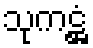
သုကဋ္ဌံ